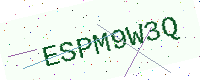
Text: ESPM9W3Q